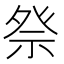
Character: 𫞴